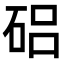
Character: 𥓅